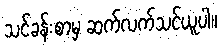
သင်ခန်းစာမှ ဆက်လက်သင်ယူပါ။